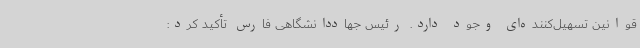
قوانین تسهیل‌کننده‌ای وجود دارد. رئیس جهاددانشگاهی فارس تأکید کرد: